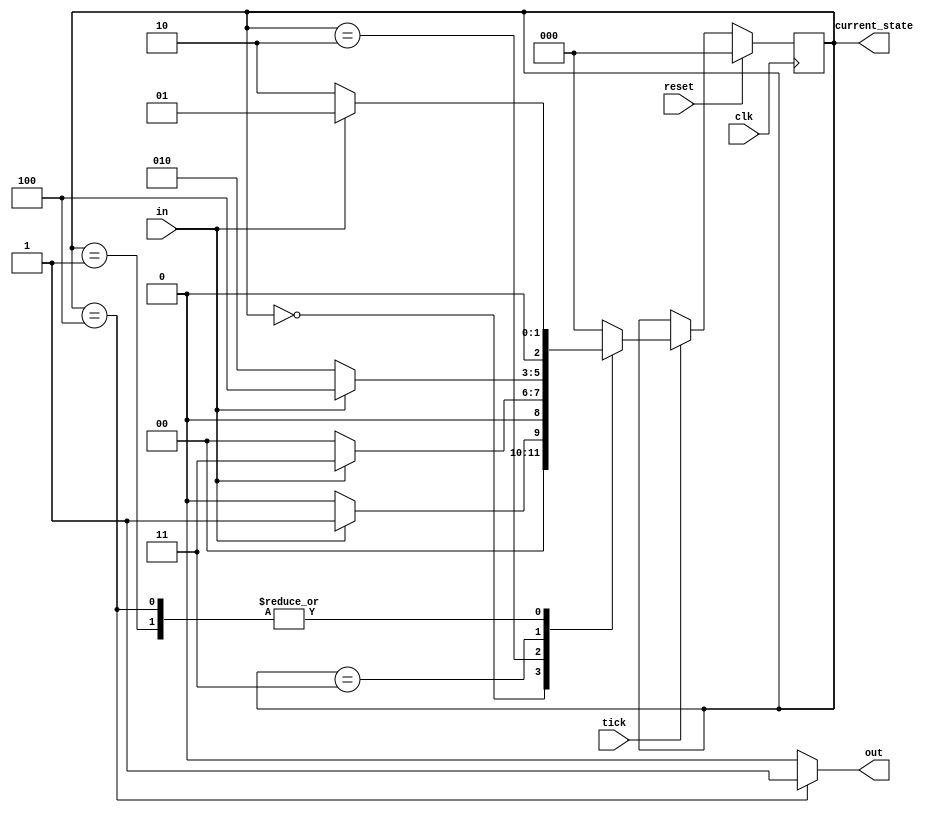
/*
 *
 */

`timescale 1ns / 1ps

module detector_secuencia
(
	input clk,
	input reset,
	input in,
	input tick,
	output [2:0] current_state,
	output reg out
);

	/* Estados del detector */
	localparam S0 = 'b000;
	localparam S1 = 'b001;
	localparam S2 = 'b010;
	localparam S3 = 'b011;
	localparam S4 = 'b100;

	reg [2:0] state, state_next = S0;

	assign current_state = state;

	/* Lgica combinacional para el estado siguiente */
	always @(*) begin
		case (state)
		S0:
			if (in == 1'b1)
				state_next = S1;
			else
				state_next = S0;
		S1:
			if (in == 1'b0)
				state_next = S2;
			else
				state_next = S1;
		S2:
			if (in == 1'b1)
				state_next = S3;
			else
				state_next = S0;
		S3:
			if (in == 1'b1)
				state_next = S4;
			else
				state_next = S2;
		S4:
			if (in == 1'b0)
				state_next = S2;
			else
				state_next = S1;
		default:
			state_next = S0;
		endcase
	end

	/* Lgica combinacional para la salida */
	always @(*) begin
		if (state == S4)
			out = 1'b1;
		else
			out = 1'b0;
	end

	/* Lgica secuencial */
	always @(posedge clk) begin
		if (reset)
			state <= S0;
		else if (tick)
			state <= state_next;
		else
			state <= state;
	end

endmodule